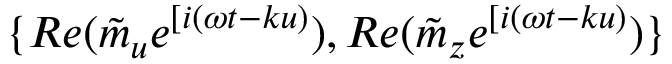
\{ R e ( \tilde { m } _ { u } e ^ { [ i ( \omega t - k u ) } ) , R e ( \tilde { m } _ { z } e ^ { [ i ( \omega t - k u ) } ) \}